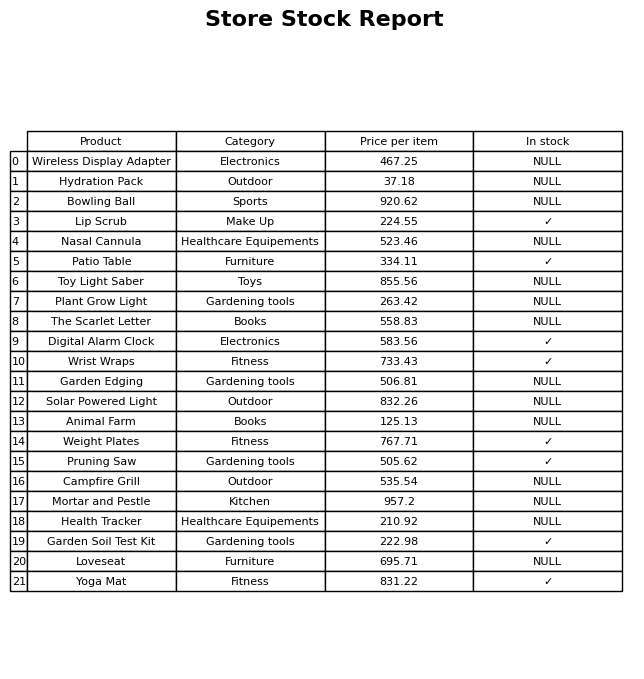
question: What is the price of the Plant Grow Light?
answer: The price of Plant Grow Light is 263.42.